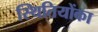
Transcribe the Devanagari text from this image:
स्थितियोंका